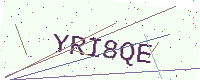
Text: YRI8QE